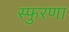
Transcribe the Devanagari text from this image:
स्फुरणा